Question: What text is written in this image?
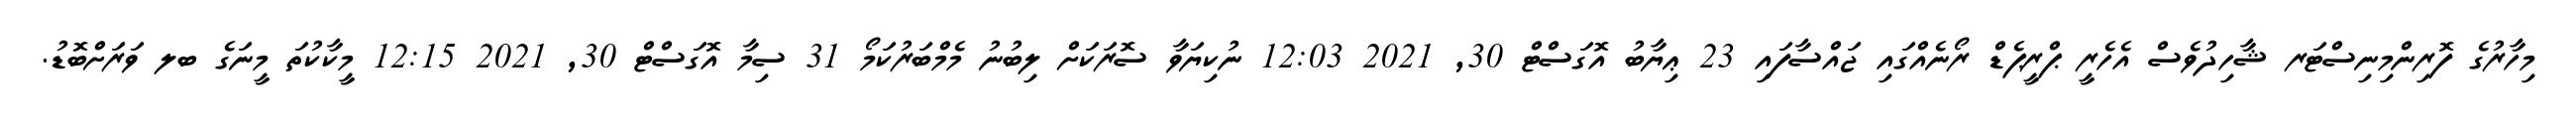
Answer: މިހާރުގެ ފޮރިންމިނިސްޓަރ ޝާހިދުވެސް އެހެރީ ޕްރީޕެޑް ރޯނެއްގައި ޖައްސާފައި 23 ޢިޔާބު އޮގަސްޓް 30, 2021 12:03 ނުކިޔަވާ ސޮރަކަށް ލިބުނު މެމްބަރުކަމޯ 31 ސިމާ އޮގަސްޓް 30, 2021 12:15 މީކާކުތަ މީނަގެ ބލ ވަރަށްބޮޑު.